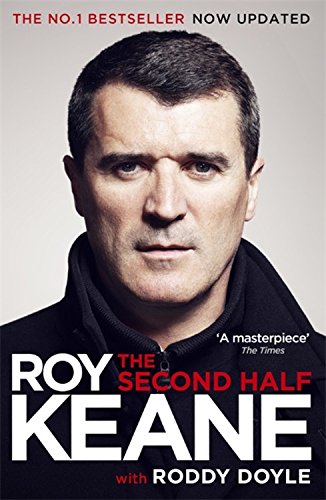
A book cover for The Second Half; Roddy Doyle; Biographies & Memoirs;